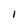
Character: 1